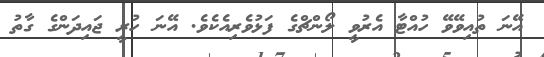
އޭނަ ތުއިވޭވޭ ހުއްޓާ އެރުވީ ލޯންޗްގެ ފަޅުވެރިއެކެވެ. އޭނަ ހުރީ ޖައިދަންގެ ގާތު